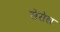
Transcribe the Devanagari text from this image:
सेरोस